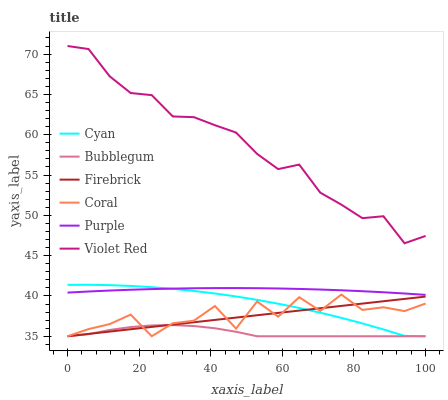
| xaxis_label | Cyan | Bubblegum | Firebrick | Coral | Purple | Violet Red |
 | --- | --- | --- | --- | --- | --- | --- |
 | 0 | 41.4 | 35 | 35 | 35 | 40.4 | 71 |
 | 5.88 | 41.4 | 35.3 | 35.3 | 35.9 | 40.6 | 70.6 |
 | 11.8 | 41.3 | 35.8 | 35.6 | 36.5 | 40.7 | 67.2 |
 | 17.6 | 41.2 | 36.1 | 35.9 | 37.7 | 40.8 | 65.2 |
 | 23.5 | 41.1 | 36.3 | 36.2 | 35 | 40.8 | 64.9 |
 | 29.4 | 40.9 | 36.4 | 36.4 | 36.6 | 40.9 | 62.3 |
 | 35.3 | 40.6 | 36.3 | 36.7 | 36.9 | 41 | 62.2 |
 | 41.2 | 40.3 | 36 | 37 | 38.8 | 41 | 61.2 |
 | 47.1 | 39.9 | 35.6 | 37.3 | 36 | 41 | 60.3 |
 | 52.9 | 39.5 | 35 | 37.6 | 39.3 | 41 | 57.6 |
 | 58.8 | 39 | 35 | 37.9 | 37.4 | 40.9 | 55.7 |
 | 64.7 | 38.5 | 35 | 38.2 | 39.8 | 40.9 | 56.3 |
 | 70.6 | 37.9 | 35 | 38.5 | 38.1 | 40.8 | 52.8 |
 | 76.5 | 37.3 | 35 | 38.8 | 40.2 | 40.7 | 51.3 |
 | 82.4 | 36.6 | 35 | 39.1 | 38.3 | 40.6 | 49.6 |
 | 88.2 | 35.8 | 35 | 39.3 | 38.6 | 40.5 | 49.9 |
 | 94.1 | 35 | 35 | 39.6 | 38.1 | 40.3 | 46.5 |
 | 100 | 35 | 35 | 39.9 | 39.1 | 40.1 | 47.4 |